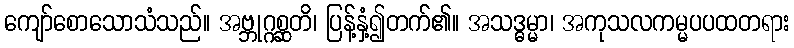
ကျော်စောသောသံသည်။ အဗ္ဘုဂ္ဂစ္ဆတိ၊ ပြန့်နှံ့၍တက်၏။ အသဒ္ဓမ္မာ၊ အကုသလကမ္မပပထတရား